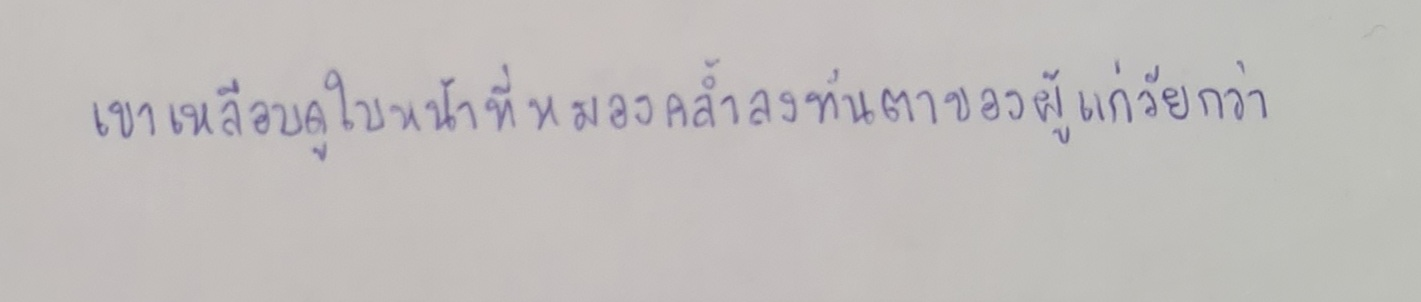
เขาเหลือบดูใบหน้าที่หมองคล้ำลงทันตาของผู้แก่วัยกว่า